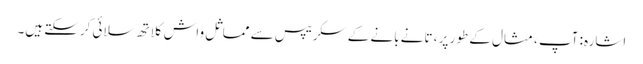
اشارہ: آپ ، مثال کے طور پر ، تانے بانے کے سکریپس سے مماثل واش کلاتھ سلائی کرسکتے ہیں۔